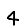
Digit: 4